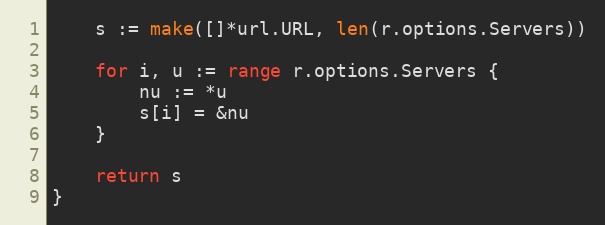
Language: Go
	s := make([]*url.URL, len(r.options.Servers))

	for i, u := range r.options.Servers {
		nu := *u
		s[i] = &nu
	}

	return s
}